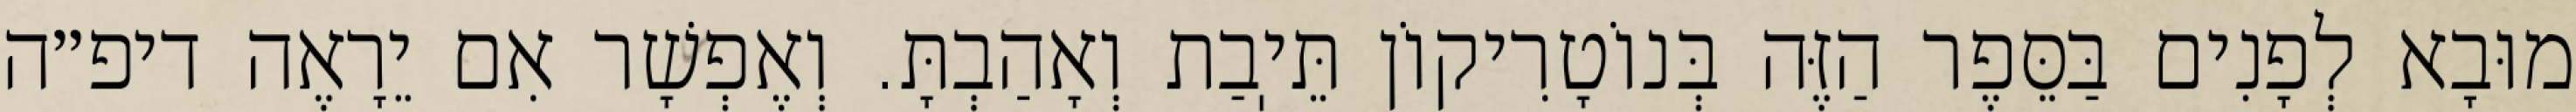
מוּבָא לְפָנִים בַּסֵּפֶר הַזֶּה בְּנוֹטָרִיקוֹן תֵּיֽבַת וְאָהַבְתָּ. וְאֶפְשָׁר אִם יֵרָאֶה דיפ״ה